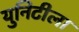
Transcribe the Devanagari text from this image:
युनिटीला